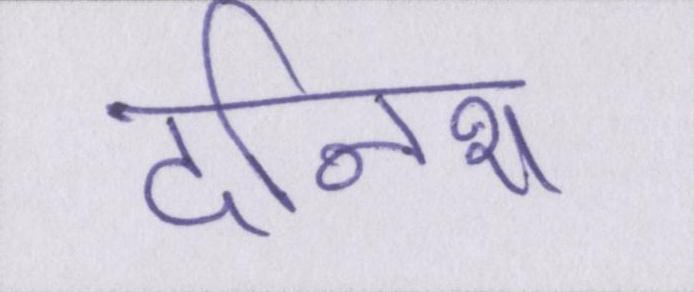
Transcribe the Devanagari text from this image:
दनिश